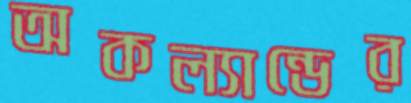
অকল্যান্ডের